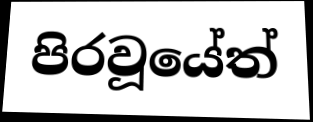
පිරවූයේත්